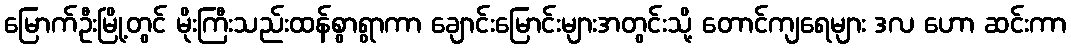
မြောက်ဦးမြို့တွင် မိုးကြီးသည်းထန်စွာရွာကာ ချောင်းမြောင်းများအတွင်းသို့ တောင်ကျရေများ ဒလ ဟော ဆင်းကာ